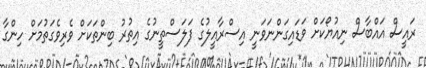
ރައީސް އައްބާސް ނިއުޔޯކަށް ވަޑައިގަންނަވަނީ އިސްރާއީލުގެ ފަލަސްތީނުގެ އިތުރު ބިންތަކަށް ވެރިވެގަތުމަށް ހިންގާ